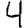
Digit: 4